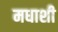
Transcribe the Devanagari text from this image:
मधाशी